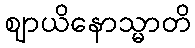
ဈာယိနောသ္မာတိ